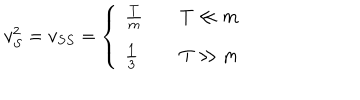
LaTeX: v _ { S } ^ { 2 } = v _ { S S } = \left\{ \ \begin{array} { l l } { { \frac T m } } & { { \quad T \ll m } } \\ { { \frac 1 3 } } & { { \quad T \gg m } } \\ \end{array} \right.